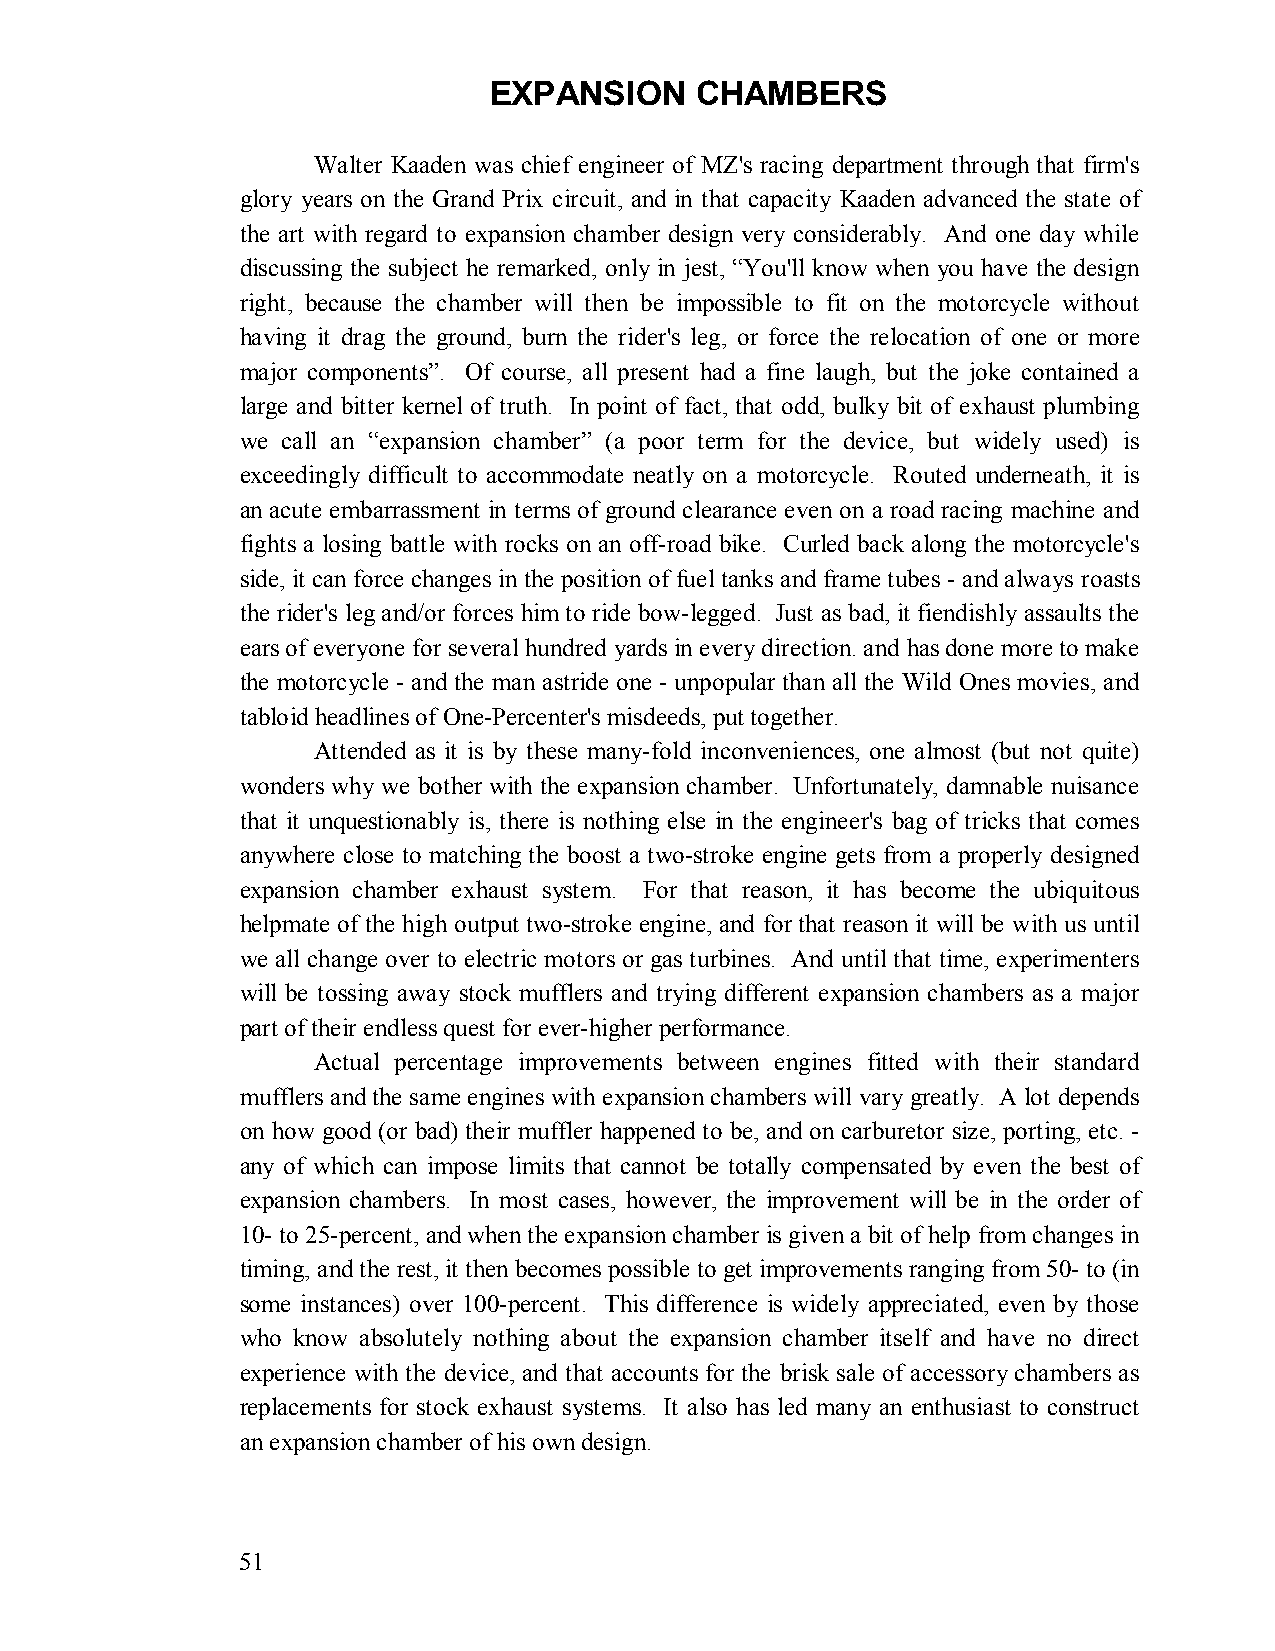
EXPANSION     CHAMBERS
 Walter Kaaden was chief engineer of MZ's racing department through that firm's
 glory years on the Grand Prix circuit, and in that capacity Kaaden advanced the state of
 the art with regard to expansion chamber design very considerably. And one day while
 discussing the subject he remarked, only in jest, “You'll know when you have the design
 right, because the chamber will then be impossible to fit on the motorcycle without
 having it drag the ground, burn the rider's leg, or force the relocation of one or more
 major components”. Of course, all present had a fine laugh, but the joke contained a
 large and bitter kernel of truth. In point of fact, that odd, bulky bit of exhaust plumbing
 we call an “expansion chamber” (a poor term for the device, but widely used) is
 exceedingly difficult to accommodate neatly on a motorcycle. Routed underneath, it is
 an acute embarrassment in terms of ground clearance even on a road racing machine and
 fights a losing battle with rocks on an off-road bike. Curled back along the motorcycle's
 side, it can force changes in the position of fuel tanks and frame tubes - and always roasts
 the rider's leg and/or forces him to ride bow-legged. Just as bad, it fiendishly assaults the
 ears of everyone for several hundred yards in every direction. and has done more to make
 the motorcycle - and the man astride one - unpopular than all the Wild Ones movies, and
 tabloid headlines of One-Percenter's misdeeds, put together.
 Attended as it is by these many-fold inconveniences, one almost (but not quite)
 wonders why we bother with the expansion chamber. Unfortunately, damnable nuisance
 that it unquestionably is, there is nothing else in the engineer's bag of tricks that comes
 anywhere close to matching the boost a two-stroke engine gets from a properly designed
 expansion chamber exhaust system. For that reason, it has become the ubiquitous
 helpmate of the high output two-stroke engine, and for that reason it will be with us until
 we all change over to electric motors or gas turbines. And until that time, experimenters
 will be tossing away stock mufflers and trying different expansion chambers as a major
 part of their endless quest for ever-higher performance.
 Actual percentage improvements between engines fitted with their standard
 mufflers and the same engines with expansion chambers will vary greatly. A lot depends
 on how good (or bad) their muffler happened to be, and on carburetor size, porting, etc. -
 any of which can impose limits that cannot be totally compensated by even the best of
 expansion chambers. In most cases, however, the improvement will be in the order of
 10- to 25-percent, and when the expansion chamber is given a bit of help from changes in
 timing, and the rest, it then becomes possible to get improvements ranging from 50- to (in
 some instances) over 100-percent. This difference is widely appreciated, even by those
 who know absolutely nothing about the expansion chamber itself and have no direct
 experience with the device, and that accounts for the brisk sale of accessory chambers as
 replacements for stock exhaust systems. It also has led many an enthusiast to construct
 an expansion chamber of his own design.
 51